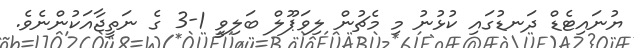
ޔުނައިޓެޑް ދަނޑުގައި ކުޅުނު މި މެޗުން ލިވަޕޫލް ބަލިވީ 1-3 ގެ ނަތީޖާއަކުންނެވެ.